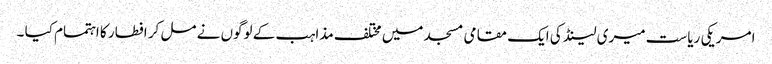
امریکی ریاست میری لینڈ کی ایک مقامی مسجد میں مختلف مذاہب کے لوگوں نے مل کر افطار کا اہتمام کیا ۔